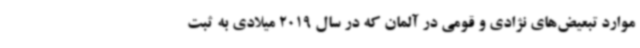
موارد تبعیض‌های نژادی و قومی در آلمان که در سال 2019 میلادی به ثبت